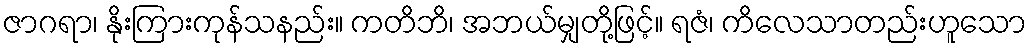
ဇာဂရာ၊ နိုးကြားကုန်သနည်း။ ကတိဘိ၊ အဘယ်မျှတို့ဖြင့်။ ရဇံ၊ ကိလေသာတည်းဟူသော